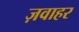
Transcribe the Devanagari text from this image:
ज़वाहर